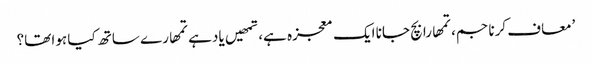
’معاف کرنا جم، تمھارا بچ جانا ایک معجزہ ہے، تمھیں یاد ہے تمھارے ساتھ کیا ہوا تھا؟